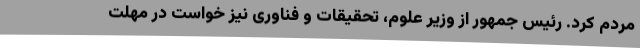
مردم کرد. رئیس جمهور از وزیر علوم، تحقیقات و فناوری نیز خواست در مهلت